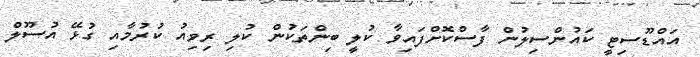
އައްޑޫސިޓީ ކައުންސިލުން ފާސްކޮށްފައިވާ ކުލީ ބިންތަކުން ކުލި ރިވިއު ކުރުމާއި ގުޅޭ އުސޫލް